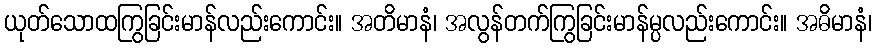
ယုတ်သောထကြွခြင်းမာန်လည်းကောင်း။ အတိမာနံ၊ အလွန်တက်ကြွခြင်းမာန်မ္ပလည်းကောင်း။ အဓိမာနံ၊